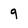
Character: 9